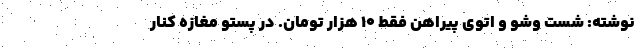
نوشته: شست وشو و اتوی پیراهن فقط ۱۰ هزار تومان. در پستو مغازه کنار